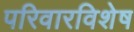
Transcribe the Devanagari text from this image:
परिवारविशेष